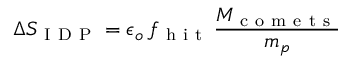
\Delta S _ { \mathrm { ~ I ~ D ~ P ~ } } = \epsilon _ { o } \, f _ { \mathrm { ~ h ~ i ~ t ~ } } \, \frac { M _ { \mathrm { ~ c ~ o ~ m ~ e ~ t ~ s ~ } } } { m _ { p } }